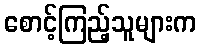
စောင့်ကြည့်သူများက